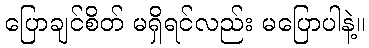
ပြောချင်စိတ် မရှိရင်လည်း မပြောပါနဲ့။